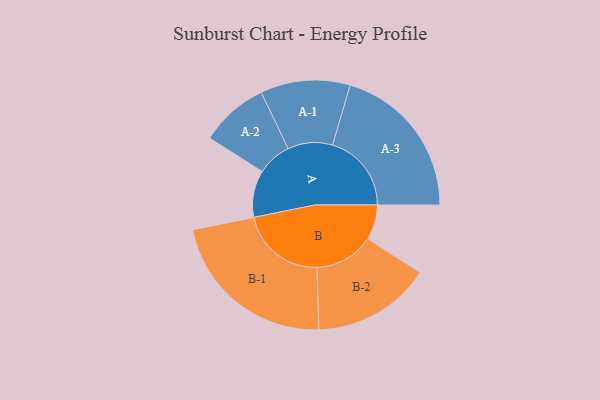
{"axis": {"x": "Segment", "y": "Value"}, "legend": ["", "A", "B"], "data": [{"x": "A", "y": 157, "type": ""}, {"x": "B", "y": 117, "type": ""}, {"x": "A-1", "y": 150, "type": "A"}, {"x": "A-2", "y": 115, "type": "A"}, {"x": "A-3", "y": 264, "type": "A"}, {"x": "B-1", "y": 288, "type": "B"}, {"x": "B-2", "y": 199, "type": "B"}]}